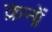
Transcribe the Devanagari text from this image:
क्रनों